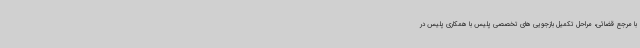
با مرجع قضائی، مراحل تکمیل بازجویی های تخصصی پلیس با همکاری پلیس در